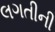
લગતીની